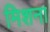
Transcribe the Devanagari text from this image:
मिशना